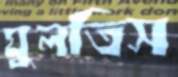
ঘুলতিস